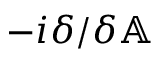
- i \delta / \delta \mathbb { A }